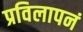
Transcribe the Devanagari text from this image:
प्रविलापनं